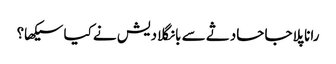
رانا پلاجا حادثے سے بانگلادیش نے کیا سیکھا؟